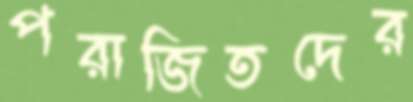
পরাজিতদের